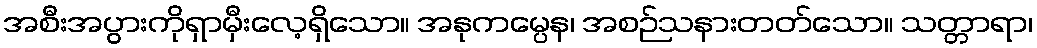
အစီးအပွားကိုရှာမှီးလေ့ရှိသော။ အနုကမ္ပေန၊ အစဉ်သနားတတ်သော။ သတ္တာရာ၊